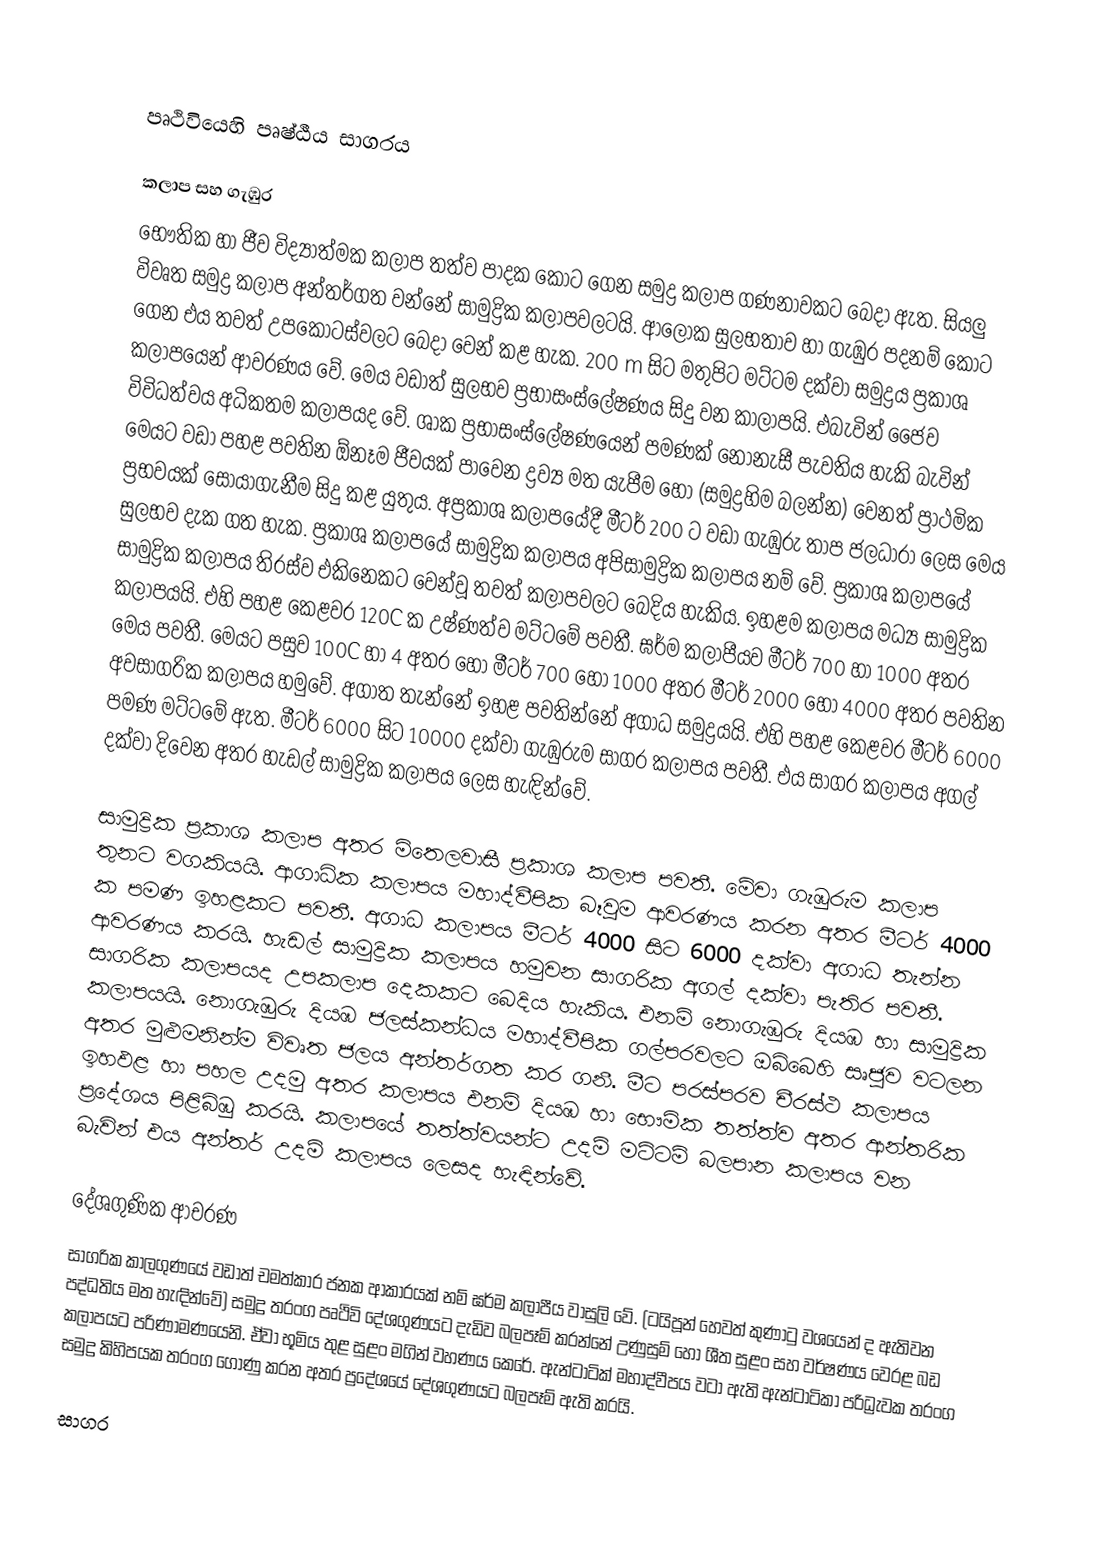

පෘථිවියෙහි පෘෂ්ඨීය සාගරය

කලාප සහ ගැඹුර
භෞතික හා ජීව විද්‍යාත්මක කලාප තත්ව පාදක කොට ගෙන සමුද්‍ර කලාප ගණනාවකට බෙදා ඇත. සියලු විවෘත සමුද්‍ර කලාප අන්තර්ගත වන්නේ සාමුද්‍රික කලාපවලටයි. ආලෝක සුලභතාව හා ගැඹුර පදනම් කොට ගෙන එය තවත් උපකොටස්වලට බෙදා වෙන් කළ හැක. 200 m සිට මතුපිට මට්ටම දක්වා සමුද්‍රය ප්‍රකාශ කලාපයෙන් ආවරණය වේ. මෙය වඩාත් සුලභව ප්‍රභාසංස්ලේෂණය සිදු වන කාලාපයි. එබැවින් ජෛව විවිධත්වය අධිකතම කලාපයද වේ. ශාක ප්‍රභාසංස්ලේෂණයෙන් පමණක් නොනැසී පැවතිය හැකි බැවින් මෙයට වඩා පහළ පවතින ඕනෑම ජීවයක් පාවෙන ද්‍රව්‍ය මත යැපීම හෝ (සමුද්‍රහිම බලන්න) වෙනත් ප්‍රාථමික ප්‍රභවයක් සොයාගැනීම සිදු කළ යුතුය. අප්‍රකාශ කලාපයේදී මීටර් 200 ට වඩා ගැඹුරු තාප ජලධාරා ලෙස මෙය සුලභව දැක ගත හැක. ප්‍රකාශ කලාපයේ සාමුද්‍රික කලාපය අපිසාමුද්‍රික කලාපය නම් වේ. ප්‍රකාශ කලාපයේ සාමුද්‍රික කලාපය තිරස්ව එකිනෙකට වෙන්වූ තවත් කලාපවලට බෙදිය හැකිය. ඉහළම කලාපය මධ්‍ය සාමුද්‍රික කලාපයයි. එහි පහළ කෙළවර 120C ක උෂ්ණත්ව මට්ටමේ පවතී. ඝර්ම කලාපීයව මීටර් 700 හා 1000 අතර මෙය පවතී. මෙයට පසුව 100C හා 4 අතර හෝ මීටර් 700 හෝ 1000 අතර මීටර් 2000 හෝ 4000 අතර පවතින අවසාගරික කලාපය හමුවේ. අගාත තැන්නේ ඉහළ පවතින්නේ අගාධ සමුද්‍රයයි. එහි පහළ කෙළවර මීටර් 6000 පමණ මට්ටමේ ඇත. මීටර් 6000 සිට 10000 දක්වා ගැඹුරුම සාගර කලාපය පවතී. එය සාගර කලාපය අගල් දක්වා දිවෙන අතර හැඩල් සාමුද්‍රික කලාපය ලෙස හැඳින්වේ.

සාමුද්‍රික ප්‍රකාශ කලාප අතර මිතෙලවාසී ප්‍රකාශ කලාප පවතී. මේවා ගැඹුරුම කලාප තුනට වගකියයි. ආගාධික කලාපය මහාද්වීපික බෑවුම ආවරණය කරන අතර මීටර් 4000 ක පමණ ඉහළකට පවතී. අගාධ කලාපය මීටර් 4000 සිට 6000 දක්වා අගාධ තැන්න ආවරණය කරයි. හැඩල් සාමුද්‍රික කලාපය හමුවන සාගරික අගල් දක්වා පැතිර පවතී. සාගරික කලාපයද උපකලාප දෙකකට බෙදිය හැකිය. එනම් නොගැඹුරු දියඹ හා සාමුද්‍රික කලාපයයි. නොගැඹුරු දියඹ ජලස්කන්ධය මහාද්වීපික ගල්පරවලට ඔබ්බෙහි සෘජුව වටලන අතර මුළුමනින්ම විවෘත ජලය අන්තර්ගත කර ගනී. මීට පරස්පරව චීරස්ථ කලාපය ඉහඵළ හා පහල උදමු අතර කලාපය එනම් දියඹ හා භෞමික තත්ත්ව අතර ආන්තරික ප්‍රදේශය පිළිබිඹු කරයි. කලාපයේ තත්ත්වයන්ට උදම් මට්ටම් බලපාන කලාපය වන බැවින් එය අන්තර් උදම් කලාපය ලෙසද හැඳින්වේ.

දේශගුණික ආචරණ
සාගරික කාලගුණයේ වඩාත් චමත්කාර ජනක ආකාරයක් නම් ඝර්ම කලාපීය වාසුලි වේ. (ටයිපූන් හෙවත් කුණාටු වශයෙන් ද ඇතිවන පද්ධතිය මත හැඳින්වේ) සමුද්‍ර තරංග පෘථිවි දේශගුණයට දැඩිව බලපෑම් කරන්නේ උණුසුම් හෝ ශීත සුළං සහ වර්ෂණය වෙරළ බඩ කලාපයට පරිණාමණයෙනි. ඒව‍ා භූමිය තුළ සුළං මගින් වහණය කෙරේ. ඇන්ටාටික් මහාද්වීපය වටා ඇති ඇන්ටාටිකා පරිධ්‍රැවක තරංග සමුද්‍ර කිහිපයක තරංග ගොණු කරන අතර ප්‍රදේශයේ දේශගුණයට බලපෑම් ඇති කරයි.

සාගර